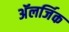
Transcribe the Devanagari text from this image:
अॅलर्जिक